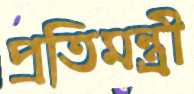
প্রতিমন্ত্র্রী